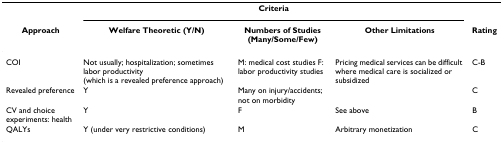
|  | <COLSPAN=3> Criteria |  |
 | Approach | Welfare Theoretic (Y/N) | Numbers of Studies (Many/Some/Few) | Other Limitations | Rating |
 | --- | --- | --- | --- | --- |
 | COI | Not usually; hospitalization; sometimes labor productivity (which is a revealed preference approach) | M: medical cost studies F: labor productivity studies | Pricing medical services can be difficult where medical care is socialized or subsidized | C-B |
 | Revealed preference | Y | Many on injury/accidents; not on morbidity |  | C |
 | CV and choice experiments: health | Y | F | See above | B |
 | QALYs | Y (under very restrictive conditions) | M | Arbitrary monetization | C |